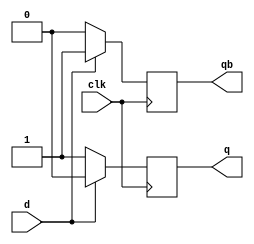
module dff(d,clk,q,qb);
input d,clk;
output q,qb;
reg q,qb;
always@(posedge clk)
begin
if (d==0)
  begin
  q=1'b1;
  qb=1'b0;
end
else
begin
    q=1'b0;
    qb=1'b1;
  end
end
endmodule